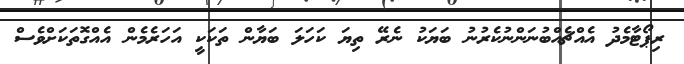
ރިޕޯޓާމެދު އެއްޗެއްބުނަންނުކެރުނު ބަޔަކު ނެރޭ ތިޔަ ކަހަލަ ބަޔާން ތަކަކީ އަހަރެމެން އެއްގޮތަކަށްވެސް